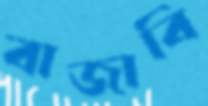
বাজাবি